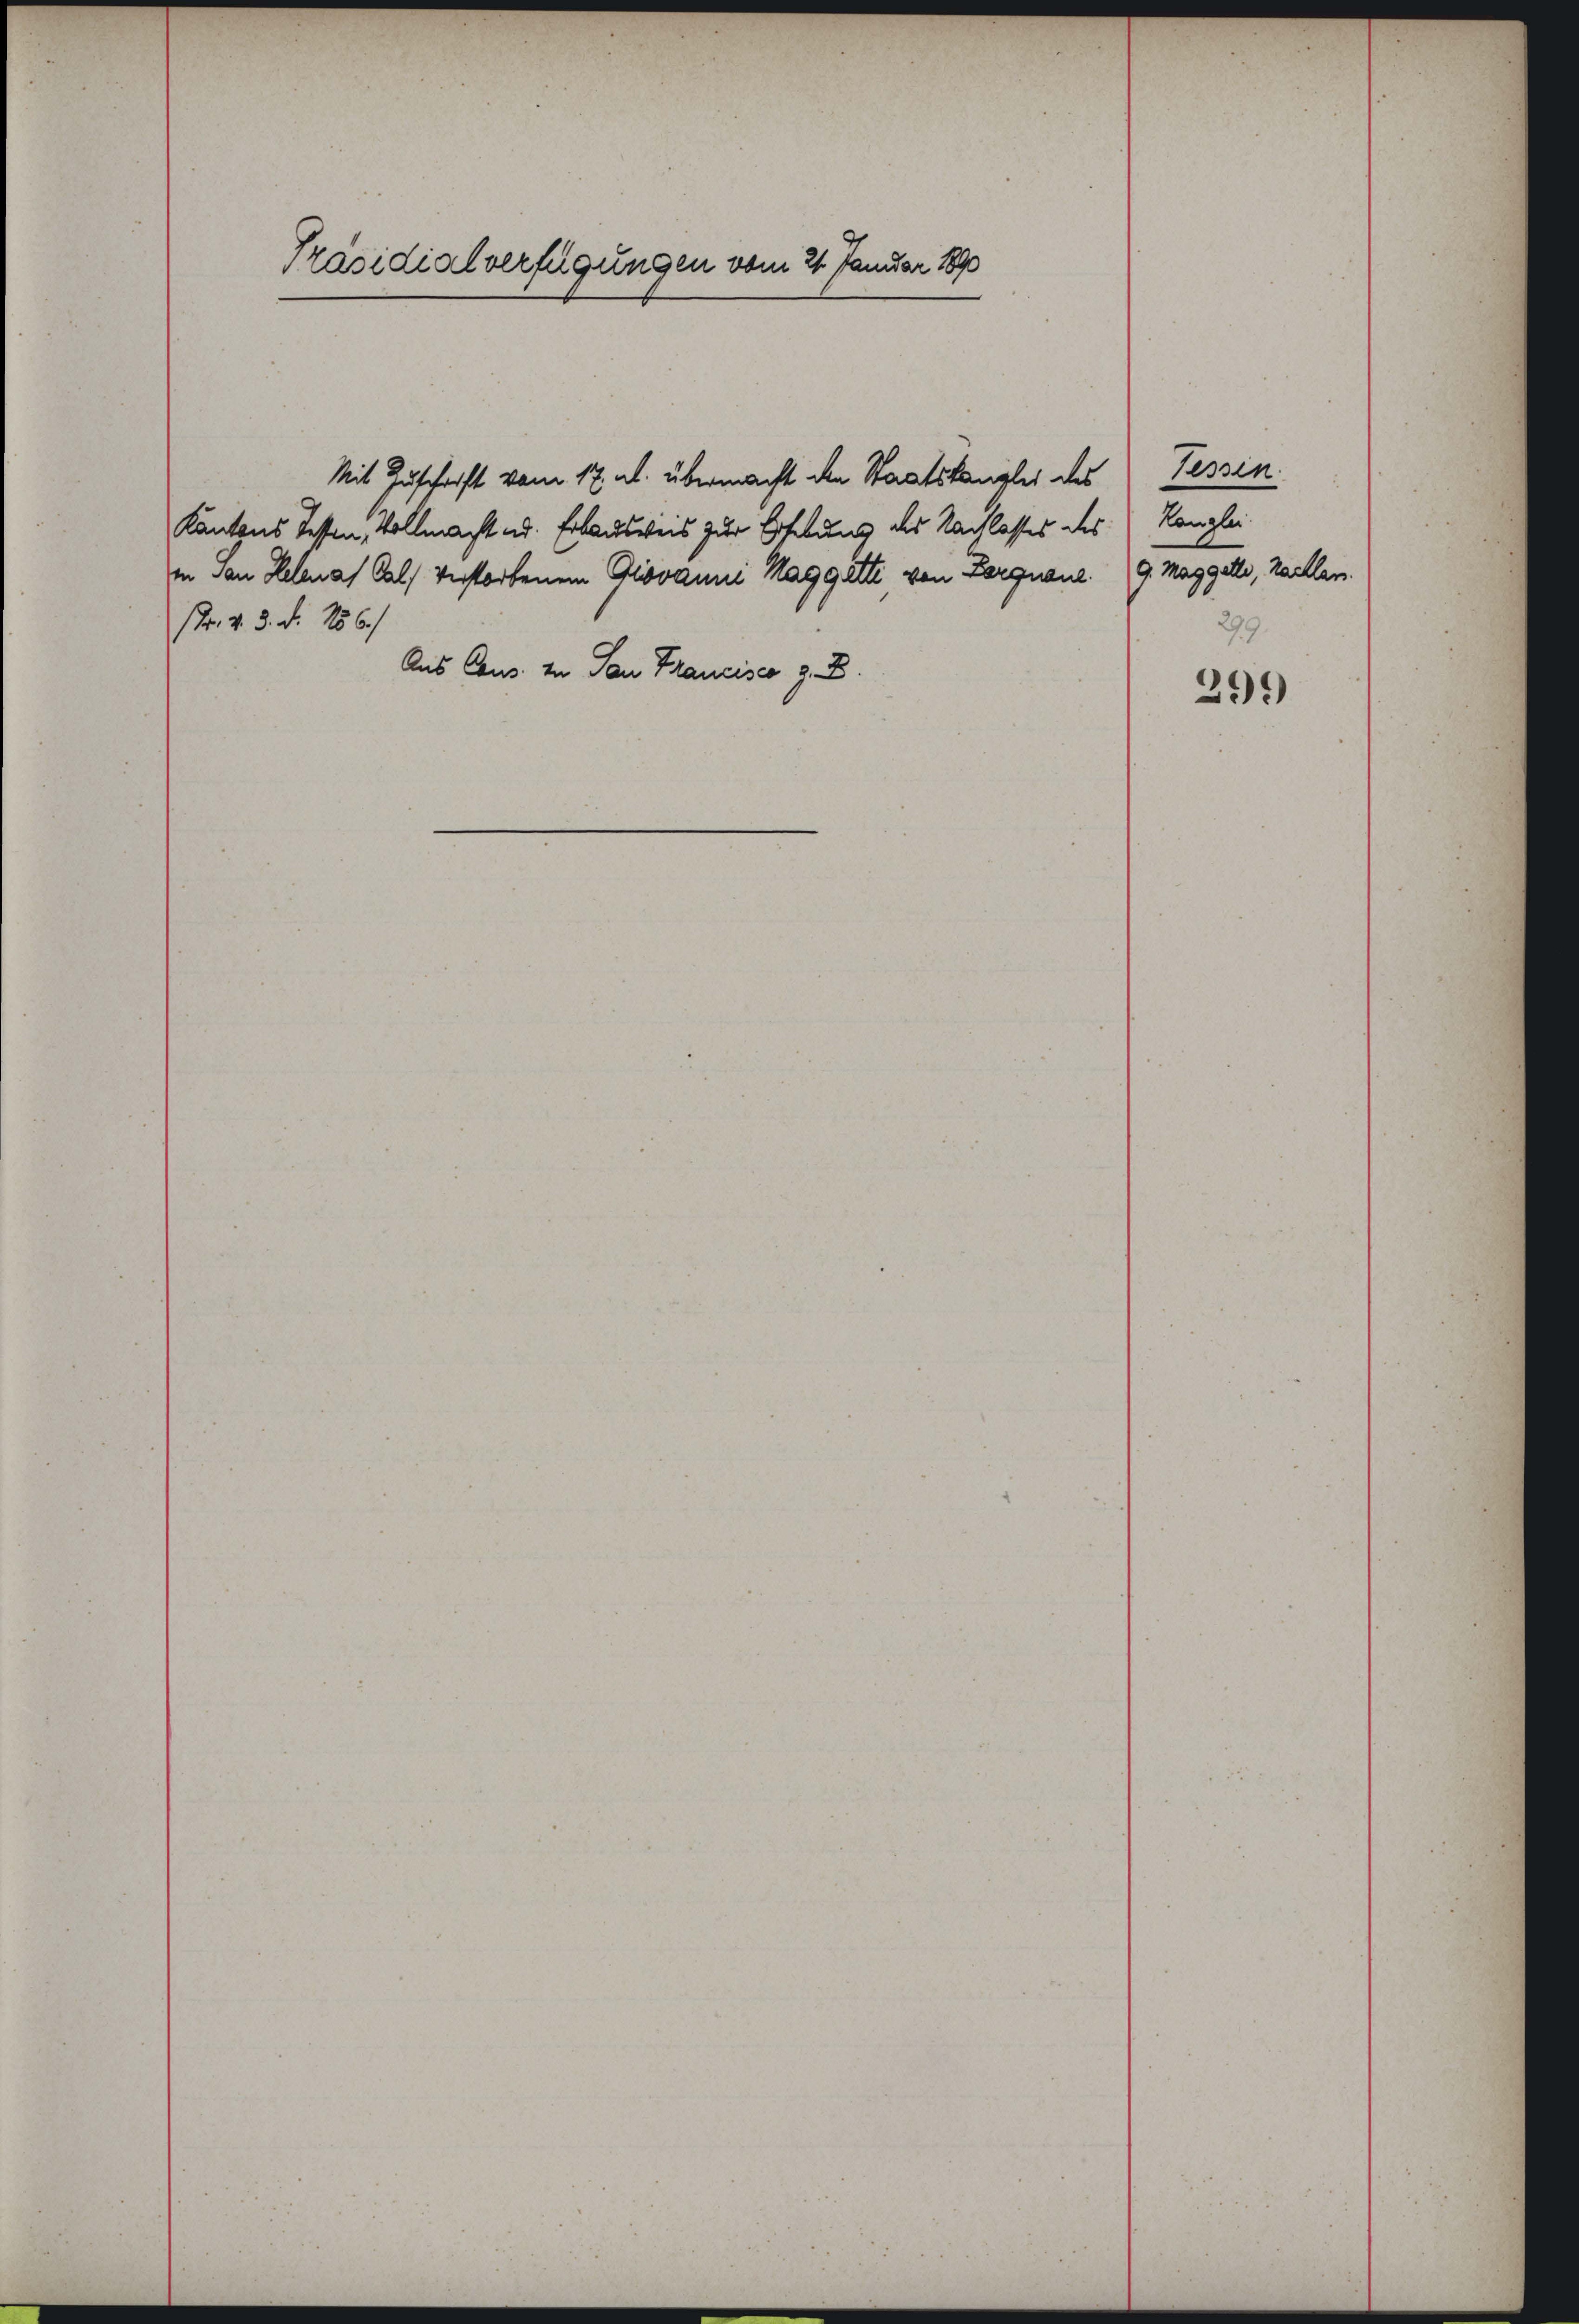
Präsidialverfügungen vom 21. Januar 1890

Mit Zuschrift vom 17. u. übermacht den Staatskanzler des Tessin
Kantons Tessen, Vollmacht ad. Erbausweis zur Erhebung des Nachlasses des Ranglei
in den Helenas als verstorbenen Gliovanni Mag gelte, von Lorgnane. 9. May gelte, haillen.
str. v. 3. d. 156.)
Aus Caus. In San Francisco z. B.

299

299)